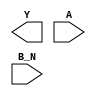
/**
 * Copyright 2020 The SkyWater PDK Authors
 *
 * Licensed under the Apache License, Version 2.0 (the "License");
 * you may not use this file except in compliance with the License.
 * You may obtain a copy of the License at
 *
 *     https://www.apache.org/licenses/LICENSE-2.0
 *
 * Unless required by applicable law or agreed to in writing, software
 * distributed under the License is distributed on an "AS IS" BASIS,
 * WITHOUT WARRANTIES OR CONDITIONS OF ANY KIND, either express or implied.
 * See the License for the specific language governing permissions and
 * limitations under the License.
 *
 * SPDX-License-Identifier: Apache-2.0
 */

`ifndef SKY130_FD_SC_MS__NOR2B_BLACKBOX_V
`define SKY130_FD_SC_MS__NOR2B_BLACKBOX_V

/**
 * nor2b: 2-input NOR, first input inverted.
 *
 *        Y = !(A | B | C | !D)
 *
 * Verilog stub definition (black box without power pins).
 *
 * WARNING: This file is autogenerated, do not modify directly!
 */

`timescale 1ns / 1ps
`default_nettype none

(* blackbox *)
module sky130_fd_sc_ms__nor2b (
    Y  ,
    A  ,
    B_N
);

    output Y  ;
    input  A  ;
    input  B_N;

    // Voltage supply signals
    supply1 VPWR;
    supply0 VGND;
    supply1 VPB ;
    supply0 VNB ;

endmodule

`default_nettype wire
`endif  // SKY130_FD_SC_MS__NOR2B_BLACKBOX_V